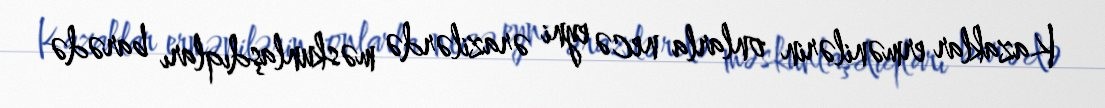
Kazaklar ermənilərin onlarla necə eyni ərazilərdə məskunlaşdıqları barədə